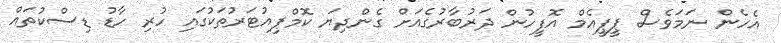
އެހެން ނަމަވެސް ޕީޕީއެމް އޮފީހުން ދަރުބާރުގެއަށް ގެންދިޔަ ކޮމްޕިއުޓަރުތަކުގައި ހުރި ހާޑު ޑިސްކުތައް